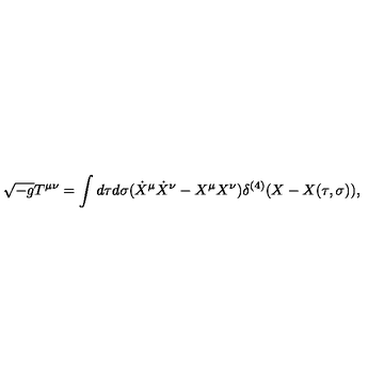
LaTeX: \sqrt { - g } T ^ { \mu \nu } = \int d \tau d \sigma ( \dot { X } ^ { \mu } \dot { X } ^ { \nu } - X ^ { \mu } X ^ { \nu } ) \delta ^ { ( 4 ) } ( X - X ( \tau , \sigma ) ) ,